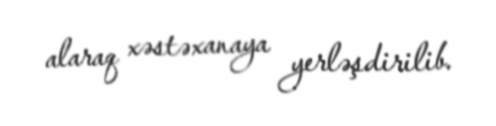
alaraq xəstəxanaya yerləşdirilib.